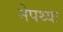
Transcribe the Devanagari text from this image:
नेपथ्यः